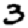
Digit: 3